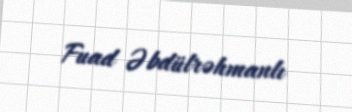
Fuad Əbdülrəhmanlı